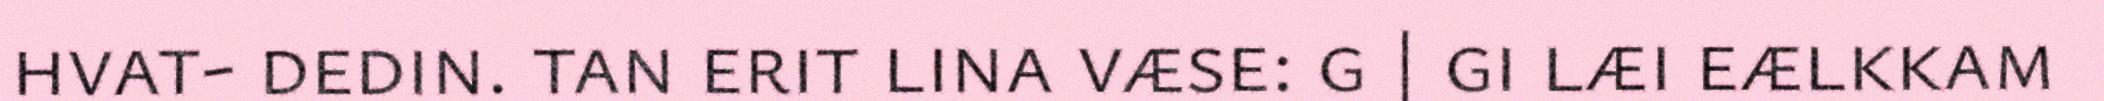
hvat- dedin. tan erit lina væse: g | gi læi eælkkam